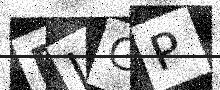
Text: FJGP